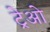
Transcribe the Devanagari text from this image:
ट्रेओ